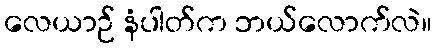
လေယာဉ် နံပါတ်က ဘယ်လောက်လဲ။